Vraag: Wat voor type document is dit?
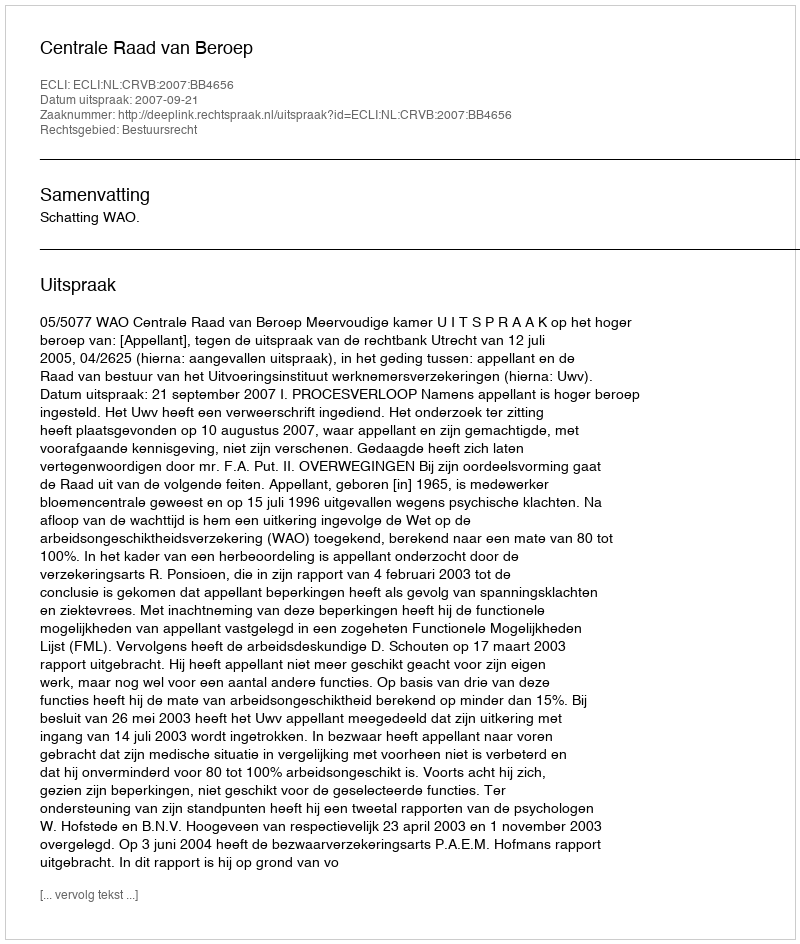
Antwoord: Uitspraak